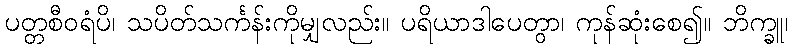
ပတ္တစီဝရံပိ၊ သပိတ်သင်္ကန်းကိုမျှလည်း။ ပရိယာဒါပေတွာ၊ ကုန်ဆုံးစေ၍။ ဘိက္ခူ၊